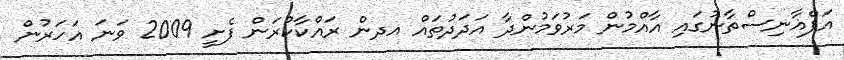
އަފްޣާނިސްތާނުގައި އާއްމުން މަރުވަމުންދާ އަދަދުތައް އދން ރައްކާކުރަން ފެށީ 2009 ވަނަ އަހަރުން